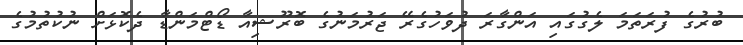
ބުރުގެ ފުރަތަމަ ލެގުގައި އަންގާރަ ދުވަހުގެރޭ ޖަރުމަނުގެ ބޮރޫޝިއާ ޑޯޓްމަންޑާ ދެކޮޅަށް ނުކުތުމުގެ